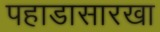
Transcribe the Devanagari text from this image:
पहाडासारखा